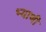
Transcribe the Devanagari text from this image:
भ्याणी